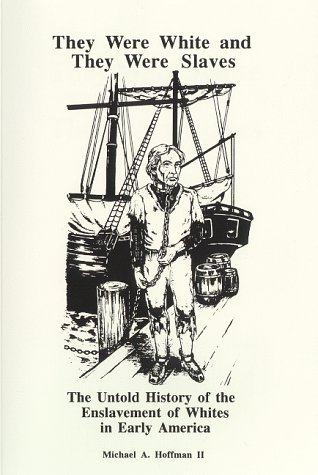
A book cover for They Were White and They Were Slaves: The Untold History of the Enslavement of Whites in Early America; Michael Hoffman; History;